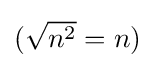
{\textstyle ({\sqrt {n^{2}}}=n)}